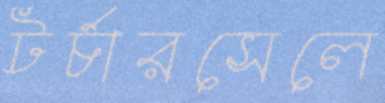
টর্চারসেলে